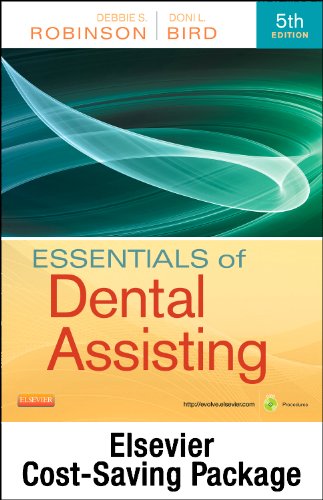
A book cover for Essentials of Dental Assisting - Text and Workbook Package, 5e; Debbie S. Robinson CDA  MS; Medical Books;